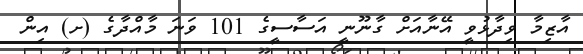
އާޒިމާ ވިދާޅުވީ އޭނާއަށް ގާނޫނީ އަސާސީގެ 101 ވަނަ މާއްދާގެ (ށ) އިން